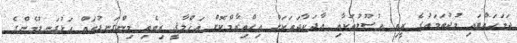
ދަމަހައްޓައި މުޖުތަމަޢުގެ ރީތި އުސޫލުތަކާއި އާދަކާދަތަކަށް އިޙްތިރާމްކޮށް އަޚްލާޤީ ރިވެތި މިންގަނޑުތައް އަޅުގަނޑުމެންގެ